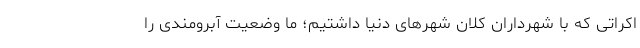
اکراتی که با شهرداران کلان شهرهای دنیا داشتیم؛ ما وضعیت آبرومندی را